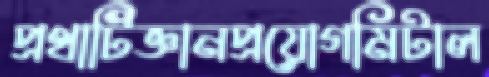
প্রথাটিজ্ঞানপ্রয়োগমিটাল